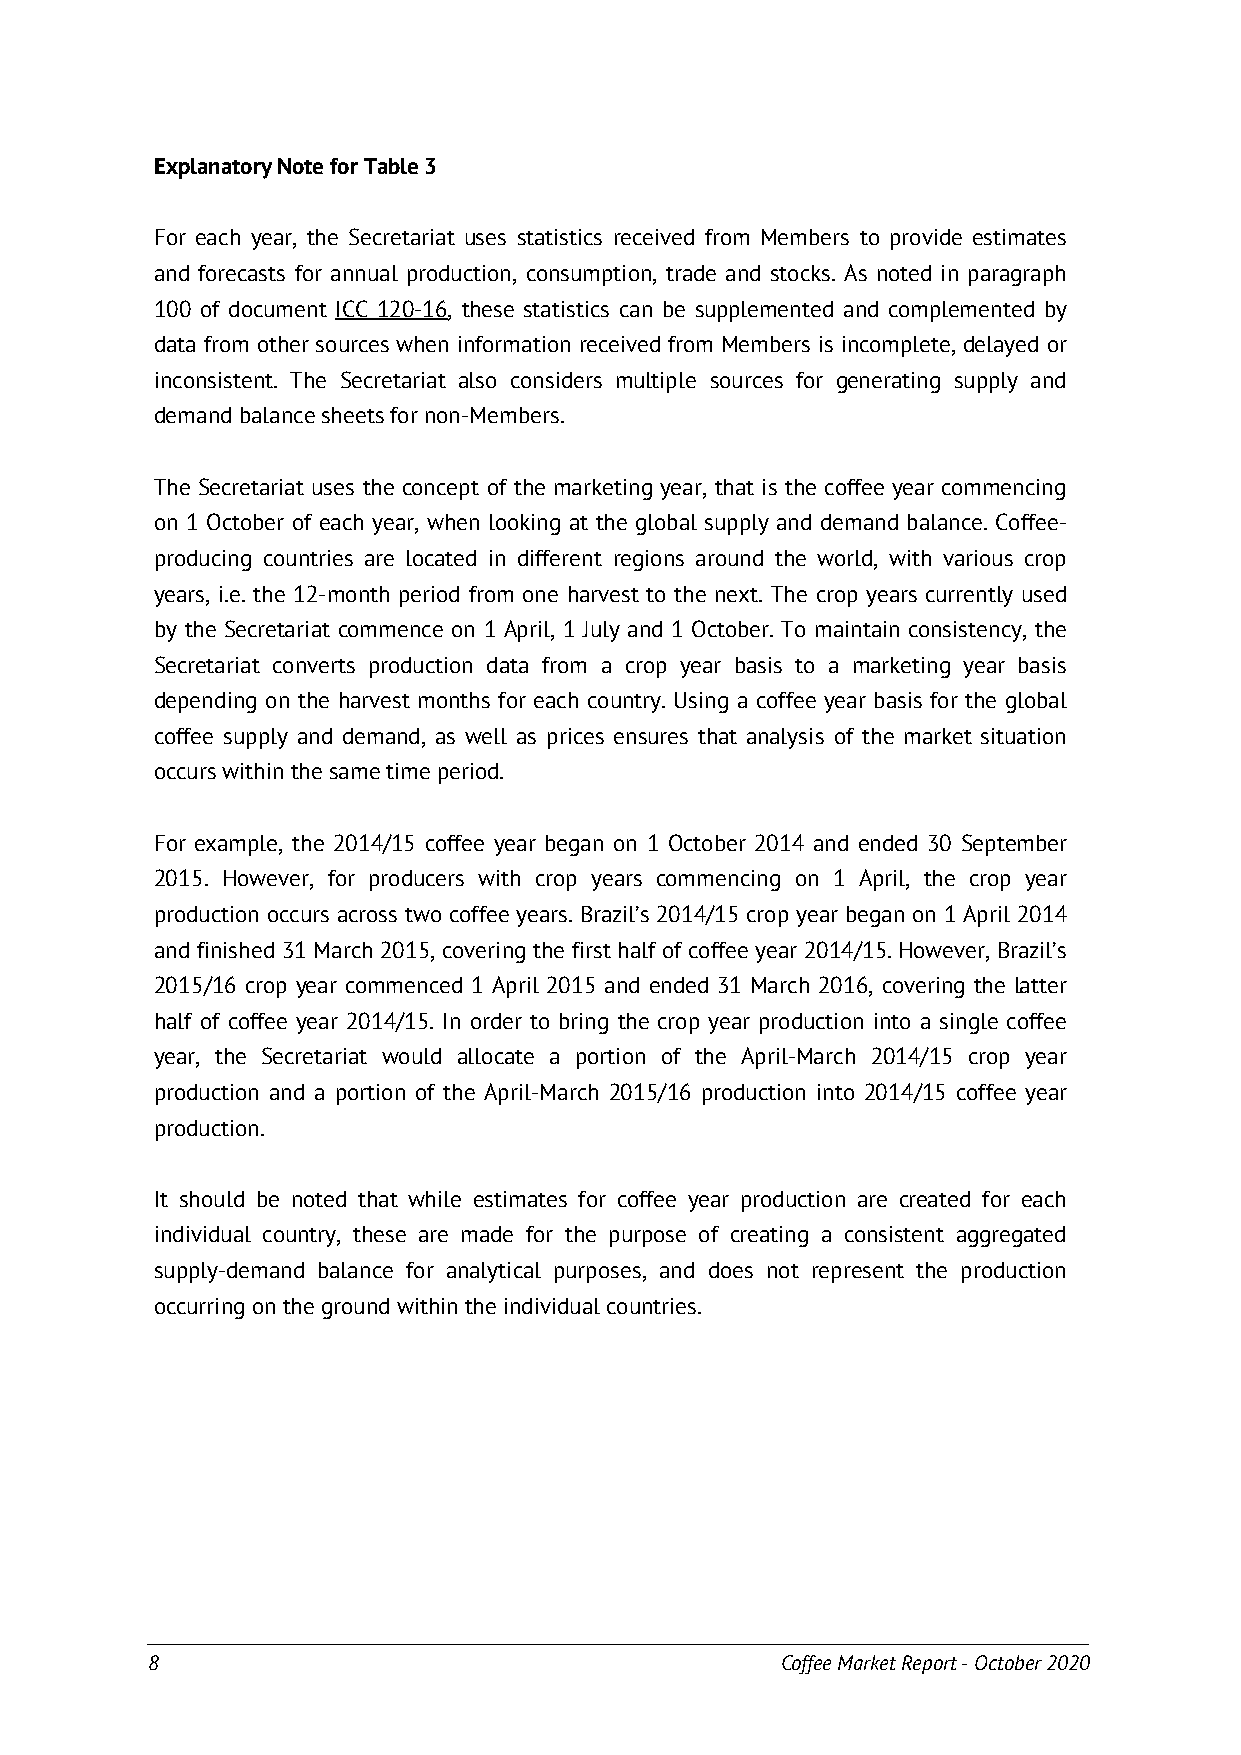
ExplanatoryNoteforTable3
 For each year, the Secretariat uses statistics received from Members to provide estimates
 and forecasts for annual production, consumption, trade and stocks. As noted in paragraph
 100 of document ICC 120-16, these statistics can be supplemented and complemented by
 data from other sources when information received from Members is incomplete, delayed or
 inconsistent. The Secretariat also considers multiple sources for generating supply and
 demandbalancesheetsfornon-Members.
 The Secretariat uses the concept of the marketing year, that is the coffee year commencing
 on 1 October of each year, when looking at the global supply and demand balance. Coffee-
 producing countries are located in different regions around the world, with various crop
 years, i.e. the 12-month period from one harvest to the next. The crop years currently used
 by the Secretariat commence on 1 April, 1 July and 1 October. To maintain consistency, the
 Secretariat converts production data from a crop year basis to a marketing year basis
 depending on the harvest months for each country. Using a coffee year basis for the global
 coffee supply and demand, as well as prices ensures that analysis of the market situation
 occurswithinthesametimeperiod.
 For example, the 2014/15 coffee year began on 1 October 2014 and ended 30 September
 2015. However, for producers with crop years commencing on 1 April, the crop year
 production occurs across two coffee years. Brazil’s 2014/15 crop year began on 1 April 2014
 and finished 31 March 2015, covering the first half of coffee year 2014/15. However, Brazil’s
 2015/16 crop year commenced 1 April 2015 and ended 31 March 2016, covering the latter
 half of coffee year 2014/15. In order to bring the crop year production into a single coffee
 year, the Secretariat would allocate a portion of the April-March 2014/15 crop year
 production and a portion of the April-March 2015/16 production into 2014/15 coffee year
 production.
 It should be noted that while estimates for coffee year production are created for each
 individual country, these are made for the purpose of creating a consistent aggregated
 supply-demand balance for analytical purposes, and does not represent the production
 occurringonthegroundwithintheindividualcountries.
 ______________________________________________________________________________________________________________________
 8                                         Coffee Market Report - October 2020